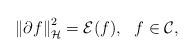
\begin{align*}\left\|\partial f\right\|_{\mathcal{H}}^2=\mathcal{E}(f),\ \ f\in\mathcal{C},\end{align*}